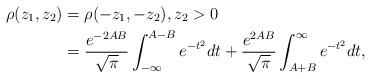
LaTeX: \begin{align*}\rho(z_1, z_2) &= \rho(-z_1, -z_2), z_2 > 0\\&= \frac{e^{-2AB}}{\sqrt{\pi}}\int_{-\infty}^{A-B}e^{-t^2}dt +\frac{e^{2AB}}{\sqrt{\pi}}\int^{\infty}_{A+B}e^{-t^2}dt, \end{align*}